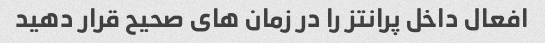
افعال داخل پرانتز را در زمان های صحیح قرار دهید